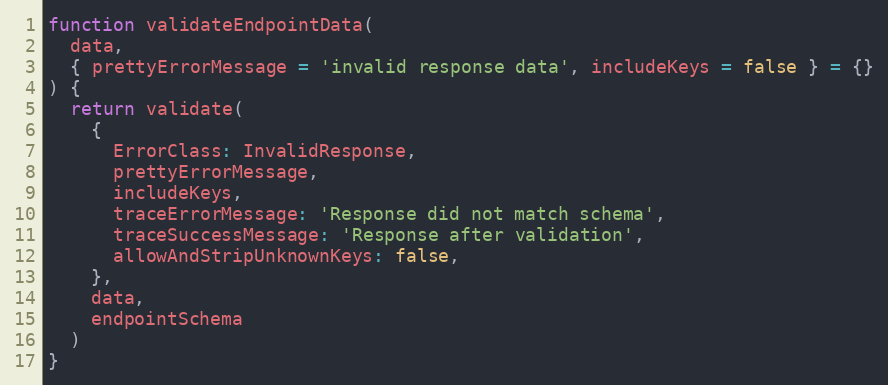
Language: JavaScript
function validateEndpointData(
  data,
  { prettyErrorMessage = 'invalid response data', includeKeys = false } = {}
) {
  return validate(
    {
      ErrorClass: InvalidResponse,
      prettyErrorMessage,
      includeKeys,
      traceErrorMessage: 'Response did not match schema',
      traceSuccessMessage: 'Response after validation',
      allowAndStripUnknownKeys: false,
    },
    data,
    endpointSchema
  )
}